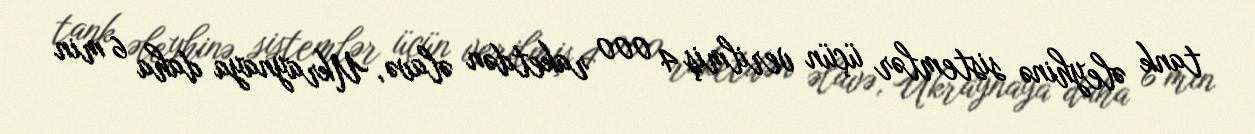
tank əleyhinə sistemlər üçün verilmiş 4 000 raketdən əlavə, Ukraynaya daha 6 min